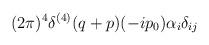
LaTeX: \begin{align*}{\displaystyle(2\pi)^4\delta^{(4)}(q+p)(-ip_0)\alpha_i\delta_{ij}}\end{align*}